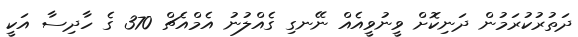
ދަތުރުކުރަމުން ދަނިކޮށް ވީނުވީއެއް ނޭނގި ގެއްލުނު އެމްއެޗް 370 ގެ ހާދިސާ އަކީ